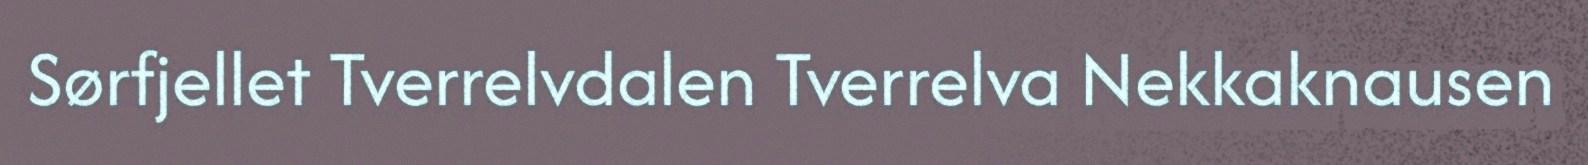
Sørfjellet Tverrelvdalen Tverrelva Nekkaknausen